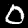
Digit: 0